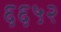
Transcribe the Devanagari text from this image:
६६५२